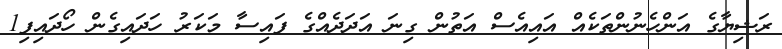
ރަޝިޔާގެ އަންހެނުންތަކެއް އައިއެސް އަތުން ގިނަ އަދަދެއްގެ ފައިސާ މަކަރު ހަދައިގެން ހޯދައިފި1